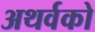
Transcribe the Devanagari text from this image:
अथर्वको